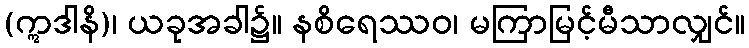
(ဣဒါနိ)၊ ယခုအခါ၌။ နစိရေဿဝ၊ မကြာမြင့်မီသာလျှင်။